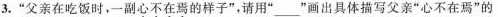
3.”父亲在吃饭时，一副心不在焉的样子”，请用””画出具体描写父亲”心不在焉”的